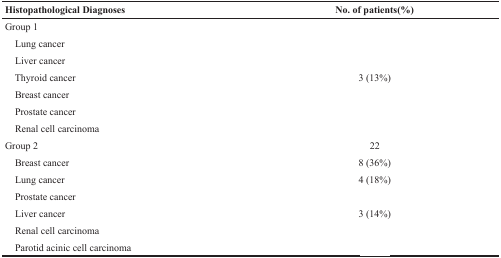
<table><thead><tr><td><b>Histopathological Diagnoses</b></td><td><b>No. of patients(%)</b></td></tr></thead><tbody><tr><td>Group 1</td><td>[EMPTY_CELL]</td></tr><tr><td> Lung cancer</td><td>[EMPTY_CELL]</td></tr><tr><td> Liver cancer</td><td>[EMPTY_CELL]</td></tr><tr><td> Thyroid cancer</td><td>3 (13%)</td></tr><tr><td> Breast cancer</td><td>[EMPTY_CELL]</td></tr><tr><td> Prostate cancer</td><td>[EMPTY_CELL]</td></tr><tr><td> Renal cell carcinoma</td><td>[EMPTY_CELL]</td></tr><tr><td>Group 2</td><td>22</td></tr><tr><td> Breast cancer</td><td>8 (36%)</td></tr><tr><td> Lung cancer</td><td>4 (18%)</td></tr><tr><td> Prostate cancer</td><td>[EMPTY_CELL]</td></tr><tr><td> Liver cancer</td><td>3 (14%)</td></tr><tr><td> Renal cell carcinoma</td><td>[EMPTY_CELL]</td></tr><tr><td> Parotid acinic cell carcinoma</td><td>[EMPTY_CELL]</td></tr></tbody></table>